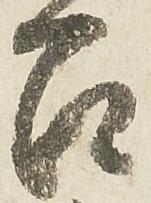
召